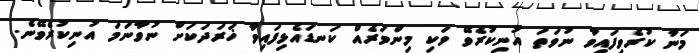
މަނާ ކުރެވިފައިވާ ނުވަތަ އުނިކުރެވޭ ވަކި މިންވަރެއް ކަނޑައެޅިފައިވާ ޚަރަދަކަށް ނުވާނަމަ އުނިކުރެވޭނެ.